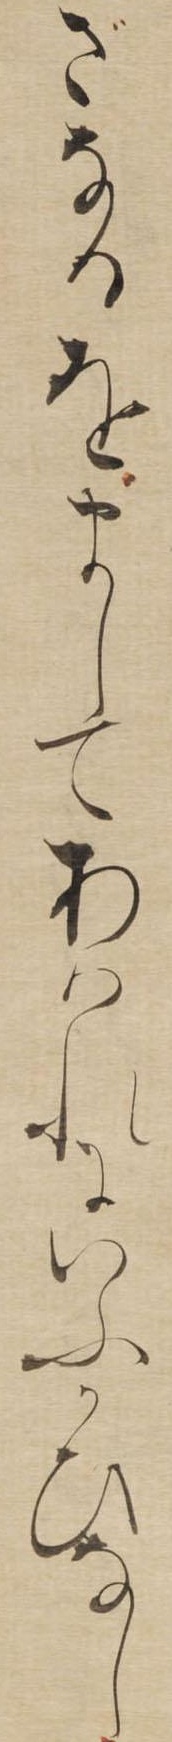
ざなるをましてあはれにいふかひなし